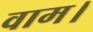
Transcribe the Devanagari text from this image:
वाम।